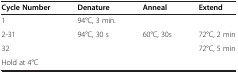
| Cycle Number | Denature | Anneal | Extend |
 | --- | --- | --- | --- |
 | 1 | 94°C, 3 min. |  |  |
 | 2-31 | 94°C, 30 s | 60°C, 30s | 72°C, 2 min |
 | 32 |  |  | 72°C, 5 min |
 | Hold at 4°C |  |  |  |